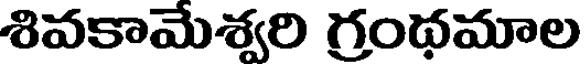
శివకామేశ్వరి గ్రంథమాల